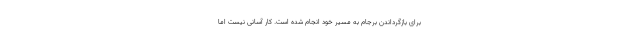
برای بازگرداندن برجام به مسیر خود انجام شده است. کار آسانی نیست اما